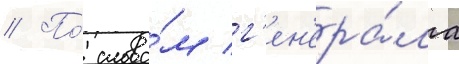
// По́ слова́м г'ен'ера́ла